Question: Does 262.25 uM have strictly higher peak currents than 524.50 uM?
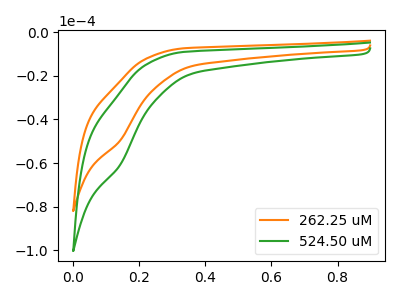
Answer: <think>The orange curve "262.25 uM" has a cathodic peak at: (0.15V, -49.55uA). The green curve "524.50 uM" has a cathodic peak at: (0.15V, -60.70uA).</think>
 <answer>Every peak in "262.25 uM" is lower than every peak in "524.50 uM".</answer>
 <eval>lower</eval>